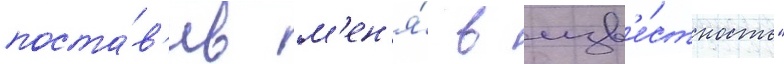
поста́в'ив м'ен'я́ в изв'е́стность"